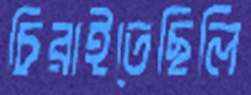
চিরাইতেছিলি